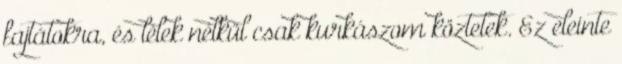
fajtátokra, és lélek nélkül csak kurkászom köztetek. Ez eleinte